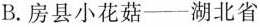
B.房县小花菇--湖北省